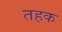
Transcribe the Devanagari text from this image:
तहक